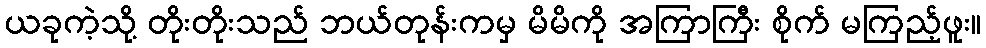
ယခုကဲ့သို့ တိုးတိုးသည် ဘယ်တုန်းကမှ မိမိကို အကြာကြီး စိုက် မကြည့်ဖူး။